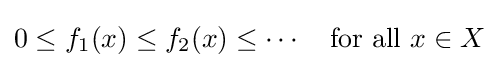
0\leq f_{1}(x)\leq f_{2}(x)\leq \cdots \quad {\text{for all }}x\in X